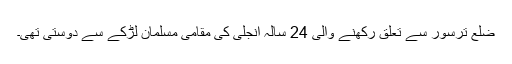
ضلع ترسور سے تعلق رکھنے والی 24 سالہ انجلی کی مقامی مسلمان لڑکے سے دوستی تھی۔